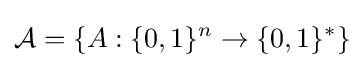
{\mathcal {A}}=\{A:\{0,1\}^{n}\to \{0,1\}^{*}\}